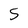
Character: S